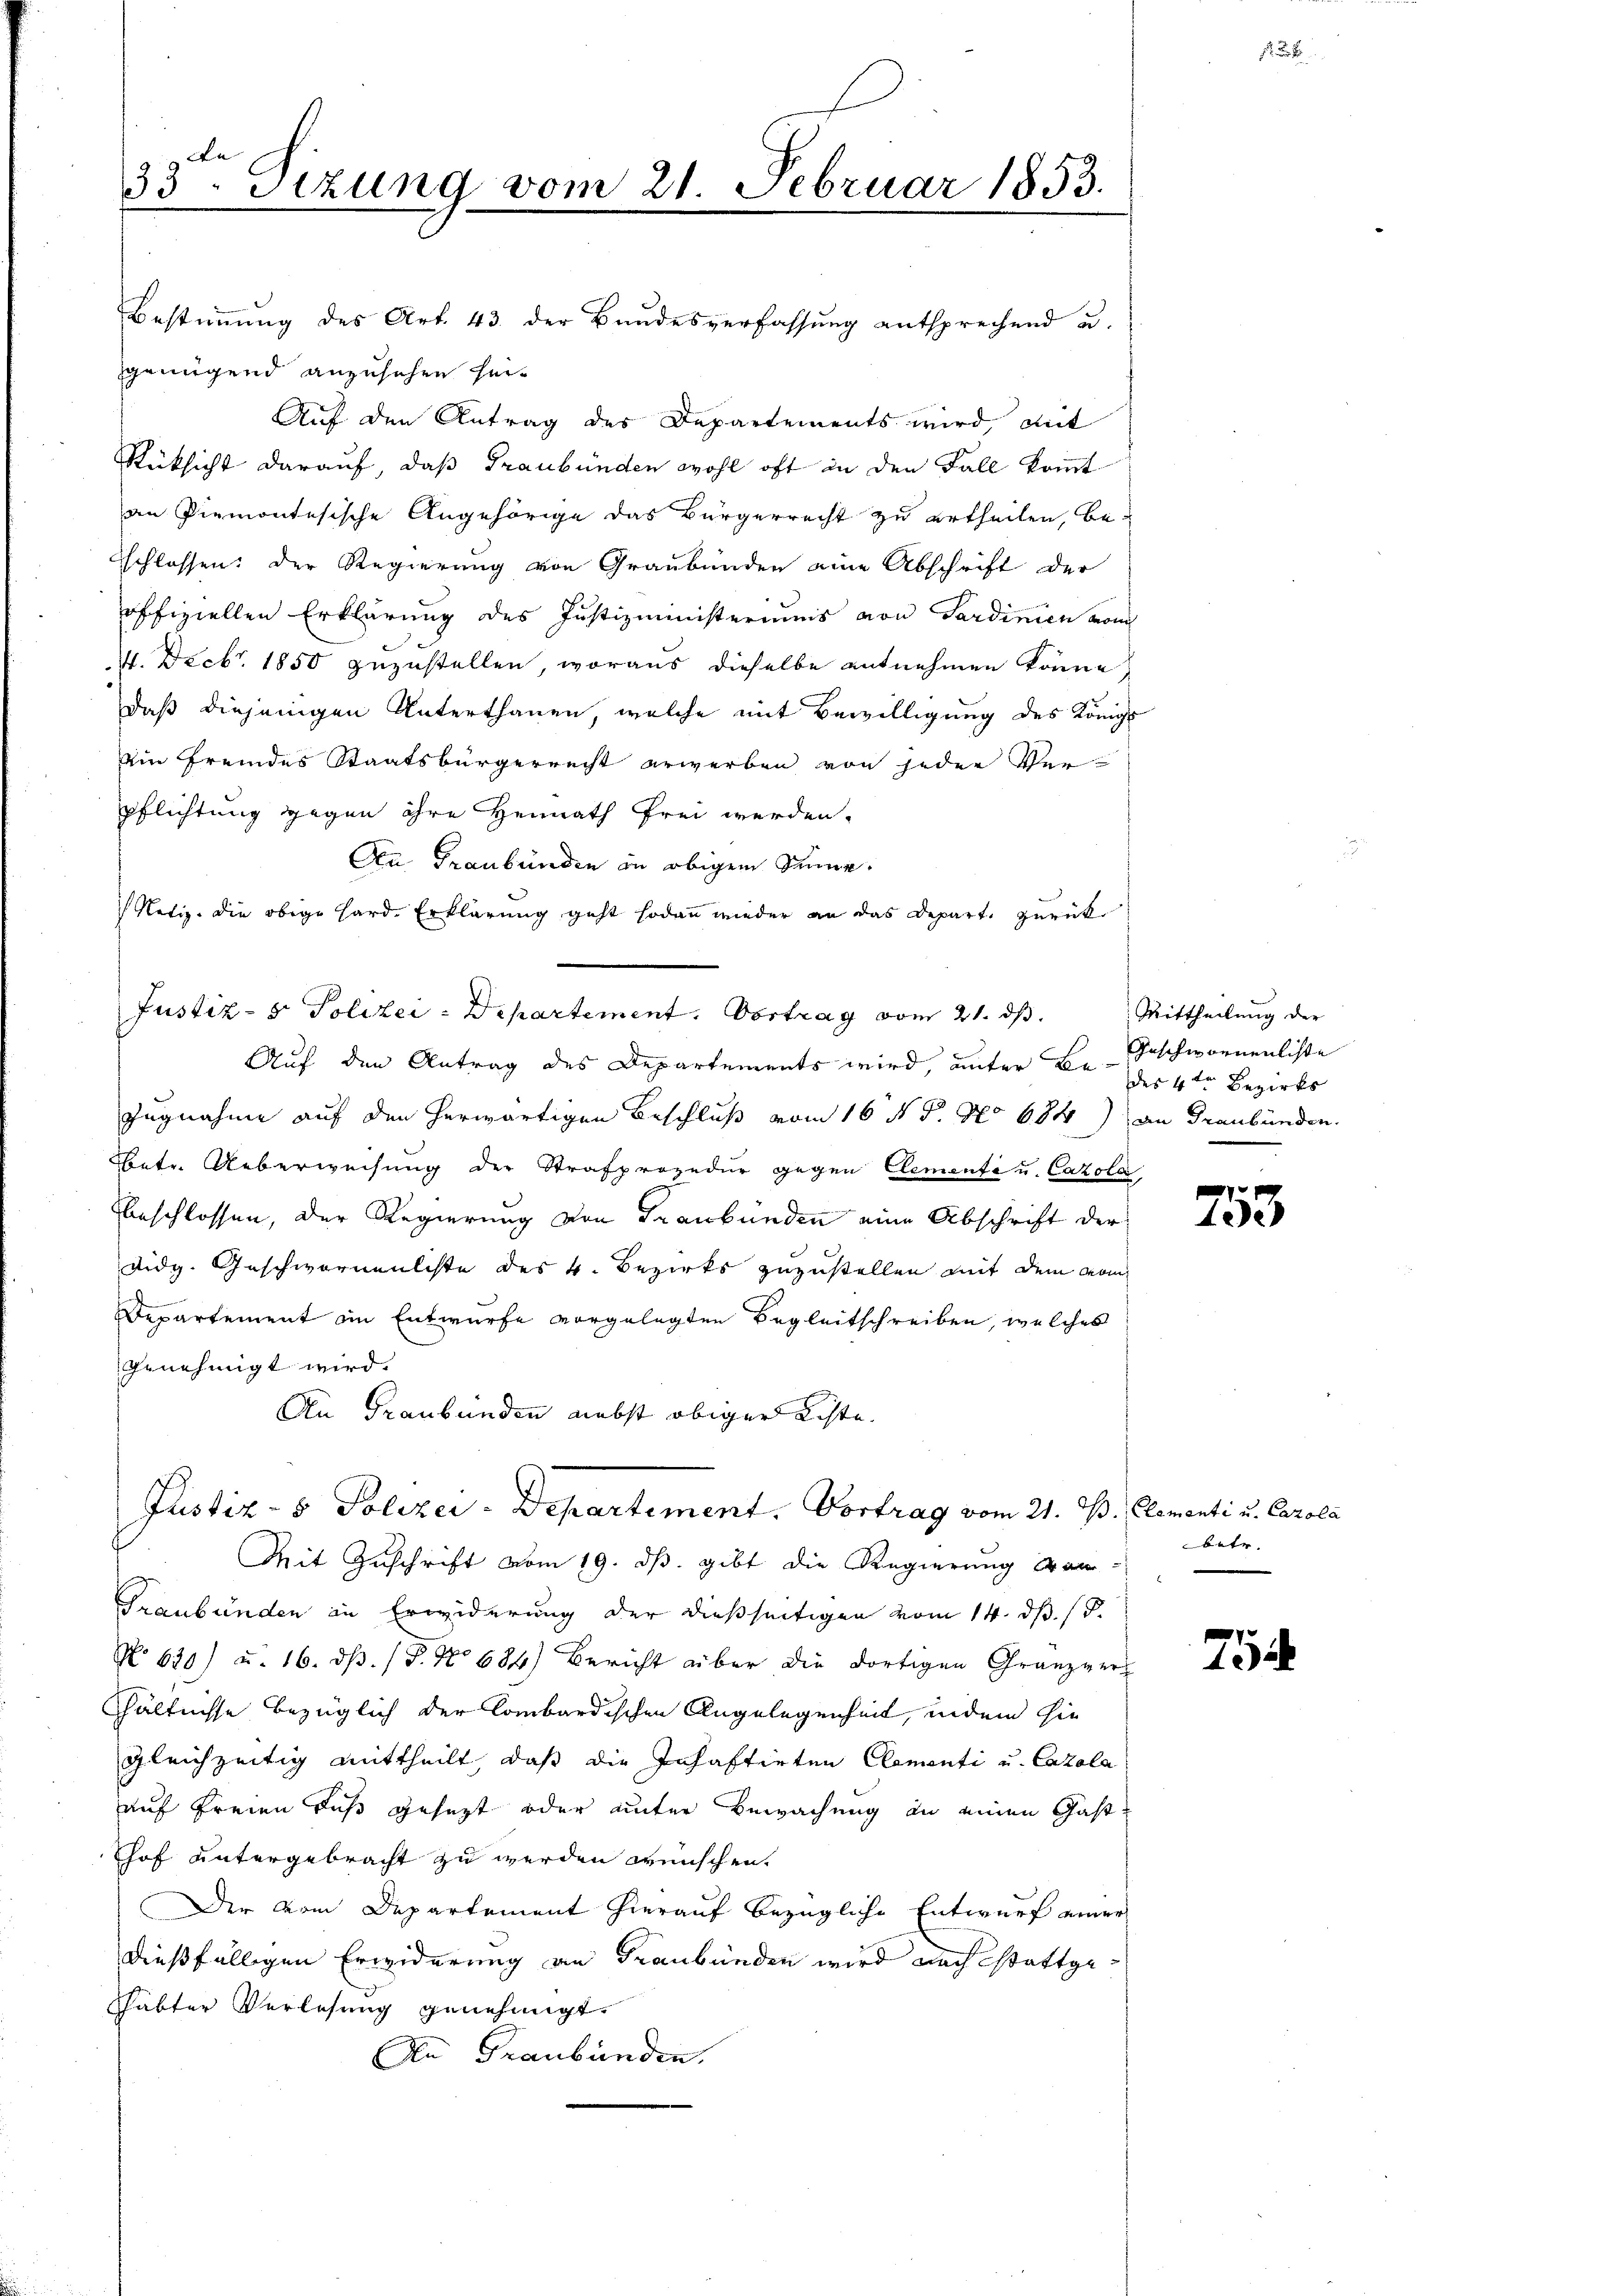
33. Sizung vom 21. Februar 1853.

Bestimmung des Art. 43. der Bundesverfassung entsprechend u.
genügend anzusehen hei¬
Auf den Antrag des Departements wird, mit
Rüksicht darauf, daß Graubünden wohl oft in den Fall kommt
an Piemontesische Angehörige das Bürgerrecht zu ertheilen, bebschlossen: Der Regierung von Graubünden eine Abschrift der
offiziellen Erklärung des Justizministeriums von Sardinien vom
1. Decbr. 1850 zuzustellen, woraus dieselbe entnehmen könne,
daß diejenigen Unterthanen, welche mit Bewilligung des Königl
Ain fremdes Staatsbürgerrecht erwerben von jeder Verpflichtung gegen ihre Heimath frei werden.
An Graubünden in obigem Sinne.
Notiz die obige Hard Erklärung geht sodann wieder an das Depart, zurück¬
Justiz- & Polizei-Departement. Vortrag vom 21. ds.
Auf den Antrag des Departements wird, unter B. Geschwornenliste
Zugnahme auf den herwärtigen Beschluß vom 16 t d. No 684) an Graubünden.
betr. Ueberweisung der Strafprozedur gegen Elemente u. Cazola,
beschlossen, der Regierung von Graubünden eine Abschrift der
didg. Geschwornenliste des 4. Bezirks zuzustellen mit dem Mom
Departement im Entwurfe vorgelegten Begleitschreiben, welches
Genehmigt wird.
An Graubünden nebst obiger achte.
Justiz- & Polizei - Departement. Vortrag vom 21. M. Clementi u. Carola
Mit Zuschrift vom 19. ds. gibt die Regierung dan
Graubünden in Erwiderung der dießseitigen vom 14. d. d.
No 620) u. 16. ds. (T. No 684) Bericht über die dortigen Gränz(...)¬
hältnisse bezüglich der lombardischen Angelegenheit, indem hie
gleichzeitig mittheilt, daß die Inhaftirten Clementi u. Carola
auf freien Fuß gesezt oder unter Bewachung an einen Gasthof untergebracht zu werden wünschen.
Der vom Departement hierauf bezügliche Entwurf einer
dießfälligen Erwiderung an Graubünden wird nach stattge
habter Verlesung genehmigt.
An Graubünden.

Mittheilung der
des 4ten Bezirks

753

betr.

75